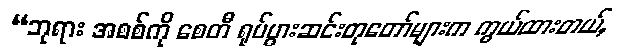
“ဘုရား အစစ်ကို စေတီ ရုပ်ပွားဆင်းတုတော်များက ကွယ်ထားတယ်,